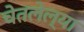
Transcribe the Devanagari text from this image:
चेतलेल्या